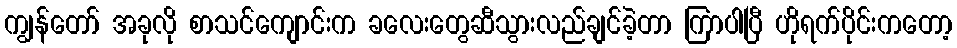
ကျွန်တော် အခုလို စာသင်ကျောင်းက ခလေးတွေဆီသွားလည်ချင်ခဲ့တာ ကြာပါပြီ ဟိုရက်ပိုင်းကတော့